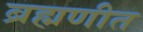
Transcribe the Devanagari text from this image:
ब्रह्मणीत